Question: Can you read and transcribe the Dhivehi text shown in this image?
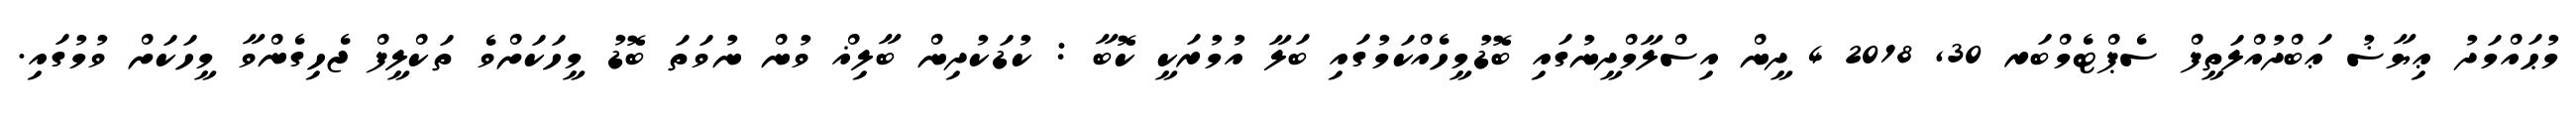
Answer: މުޙައްމަދު ޢިޔާޟު ޢަބްދުއްލަތީފް ސެޕްޓެމްބަރ 30, 2018 4 ދީން އިސްލާމްދީނުގައި ބޮޑުމީހެއްކަމުގައި ބަލާ އުމުރަކީ ކޮބާ : ކުޑަކުދިން ބާލިޣް ވުން ނުވަތަ ބޮޑު މީހަކަށްވެ ތަކްލީފް ޖެހިގެންވާ މީހަކަށް ވުމުގައި.